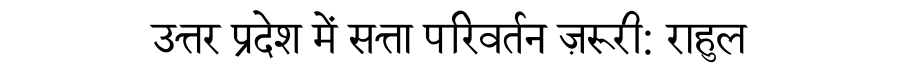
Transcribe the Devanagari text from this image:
उत्तर प्रदेश में सत्ता परिवर्तन ज़रूरी: राहुल